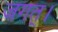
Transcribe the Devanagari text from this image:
जगत्।